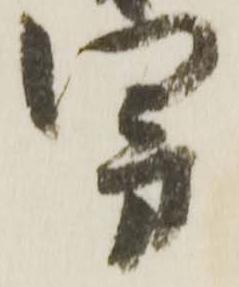
旁